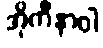
အိုကီနာဝါ